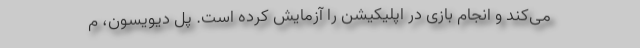
می‌کند و انجام بازی در اپلیکیشن را آزمایش کرده است. پل دیویسون، م